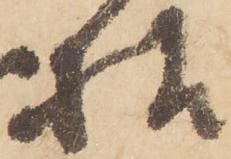
様